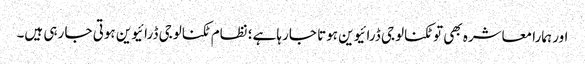
اور ہمارا معاشرہ بھی تو ٹکنالوجی ڈرائیوین ہوتا جارہا ہے؛ نظام ٹکنالوجی ڈرائیوین ہوتی جا رہی ہیں۔